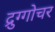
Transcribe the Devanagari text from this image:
द्रुग्गोचर